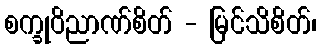
စက္ခုဝိညာဏ်စိတ် - မြင်သိစိတ်၊